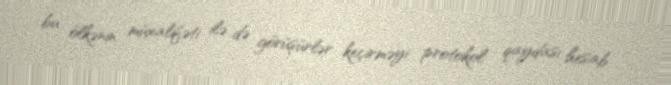
bu ölkənin müxalifəti ilə də görüşürlər keçirməyi protokol qaydası hesab